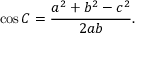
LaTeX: \cos C = { \frac { a ^ { 2 } + b ^ { 2 } - c ^ { 2 } } { 2 a b } } .